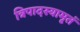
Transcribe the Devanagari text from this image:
त्रिपादस्यामृतं